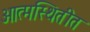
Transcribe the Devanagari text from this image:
आत्मस्थितीत